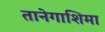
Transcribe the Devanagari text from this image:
तानेगाशिमा